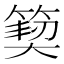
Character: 𮅳